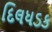
દિલધડક